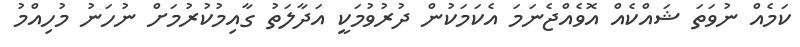
ކަމެއް ނުވަތަ ޝައްކެއް އޮވެއްޖެނަމަ އެކަމަކުން ދުރުވުމަކީ އަދާލަތު ގާއިމުކުރުމަށް ނުހަނު މުހިއްމު